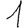
Digit: 1